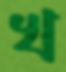
খ